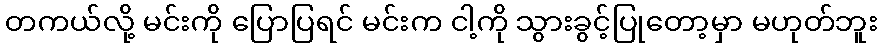
တကယ်လို့ မင်းကို ပြောပြရင် မင်းက ငါ့ကို သွားခွင့်ပြုတော့မှာ မဟုတ်ဘူး